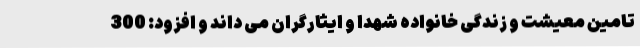
تامین معیشت و زندگی خانواده شهدا و ایثارگران می داند و افزود: 300